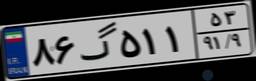
۲۰گ۲۱۷۸۸